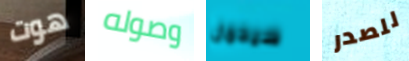
هوت وصوله سيحمل للصدر